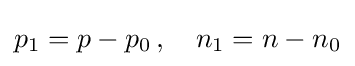
p_{1}=p-p_{0}\,,\quad n_{1}=n-n_{0}